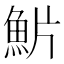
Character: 魸